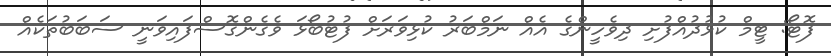
ފޮޓޯ: ޓީމް ކުޅުދުއްފުށި ދިވެހީންގެ އެއް ނަމްބަރު ކުޅިވަރަށް ފުޓުބޯޅަ ވެގެންގޮސްފައިވަނީ ސަބަބުތަކެއް